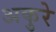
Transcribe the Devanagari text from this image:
अकुरे